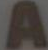
A